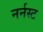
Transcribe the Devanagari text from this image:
नर्नस्ट